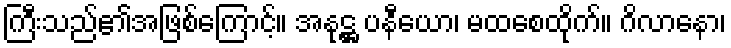
ကြီးသည်၏အဖြစ်ကြောင့်။ အနုဋ္ဌ ပနီယော၊ မထစေထိုက်။ ဂိလာနော၊